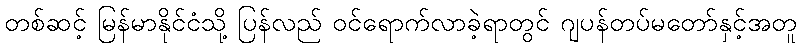
တစ်ဆင့် မြန်မာနိုင်ငံသို့ ပြန်လည် ဝင်ရောက်လာခဲ့ရာတွင် ဂျပန်တပ်မတော်နှင့်အတူ